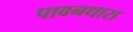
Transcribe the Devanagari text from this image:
पावनधारा